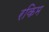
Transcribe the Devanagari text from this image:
रकिम